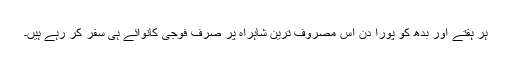
ہر ہفتے اور بدھ کو پورا دن اس مصروف ترین شاہراہ پر صرف فوجی کانوائے ہی سفر کر رہے ہیں۔